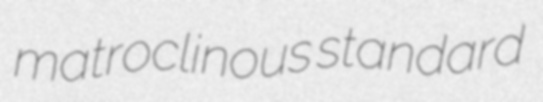
matroclinous standard